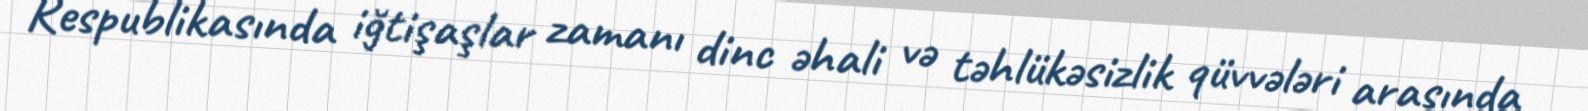
Respublikasında iğtişaşlar zamanı dinc əhali və təhlükəsizlik qüvvələri arasında